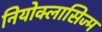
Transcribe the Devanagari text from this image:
नियोक्लासिज्म